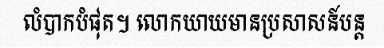
លំបាកបំផុត។ លោកយាយមានប្រសាសន៍បន្ត